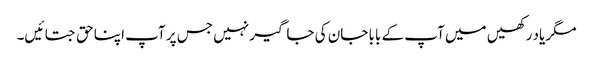
مگر یاد رکھیں میں آپ کے بابا جان کی جاگیر نہیں جس پر آپ اپنا حق جتائیں۔